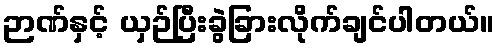
ဉာဏ်နှင့် ယှဉ်ပြီးခွဲခြားလိုက်ချင်ပါတယ်။